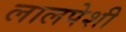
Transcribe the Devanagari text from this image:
लालपेशी